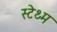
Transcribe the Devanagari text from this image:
स्टेथ्म